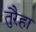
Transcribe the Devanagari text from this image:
तुरैहा